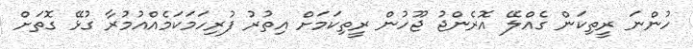
ހުންނަ ރީތިކަން ގެއްލޭ އޮރެންޖު ޖޫހުން ރީތިކަމަށް އިތުރު ފުރިހަމަކަމެއްއުމުރާ ގުޅޭ ގޮތަށް